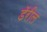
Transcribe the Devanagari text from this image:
डॅरील